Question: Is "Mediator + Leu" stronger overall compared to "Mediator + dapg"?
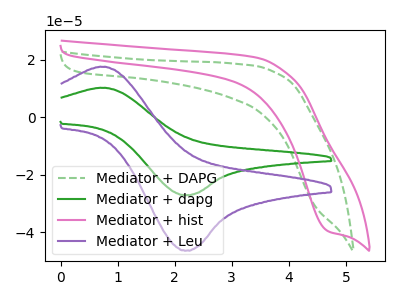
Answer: <think>The green dashed curve "Mediator + DAPG" has no peaks. The green curve "Mediator + dapg" has an anodic peak at (0.75V, 10.25uA) and a cathodic peak at (2.20V, -27.05uA). The pink curve "Mediator + hist" has a cathodic peak at: (4.70V, -39.55uA). The purple curve "Mediator + Leu" has an anodic peak at (0.75V, 17.55uA) and a cathodic peak at (2.20V, -46.30uA).
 All the peaks in "Mediator + Leu" have a peak in "Mediator + dapg" at the same potential. Every peak in "Mediator + Leu" is higher than every peak in "Mediator + dapg".</think>
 <answer>"Mediator + Leu" has more signal than "Mediator + dapg".</answer>
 <eval>more_signal</eval>